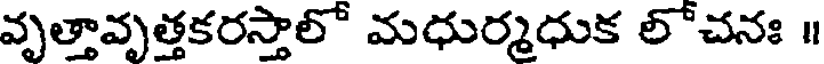
వృత్తావృత్తకరస్తాలో మధుర్మధుక లోచనః ॥